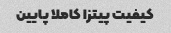
کیفیت پیتزا کاملا پایین